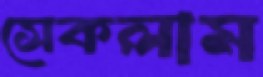
সেকলাম